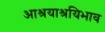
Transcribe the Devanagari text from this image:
आश्रयाश्रयिभाव